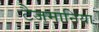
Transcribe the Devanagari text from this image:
टैजमानिया